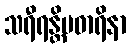
သရီရန္တိမဓာရိနာ